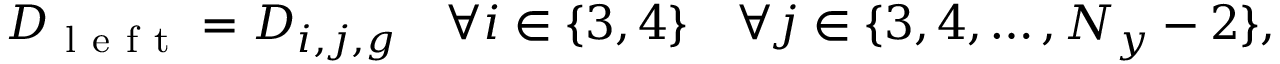
D _ { \mathrm { ~ l ~ e ~ f ~ t ~ } } = D _ { i , j , g } \quad \forall i \in \{ 3 , 4 \} \quad \forall j \in \{ 3 , 4 , \ldots , N _ { y } - 2 \} ,